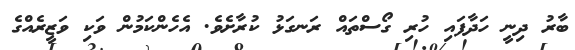
ބާރު ދިނީ ހަދާފައި ހުރި ގޯސްތައް ރަނގަޅު ކުރާށެވެ. އެހެންކަމުން ވަކި ވަޒީރެއްގެ